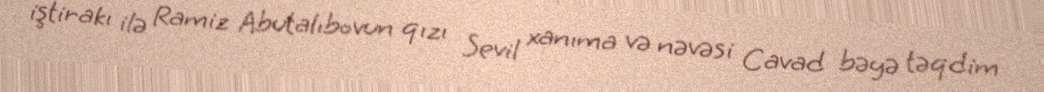
iştirakı ilə Ramiz Abutalıbovun qızı Sevil xanıma və nəvəsi Cavad bəyə təqdim